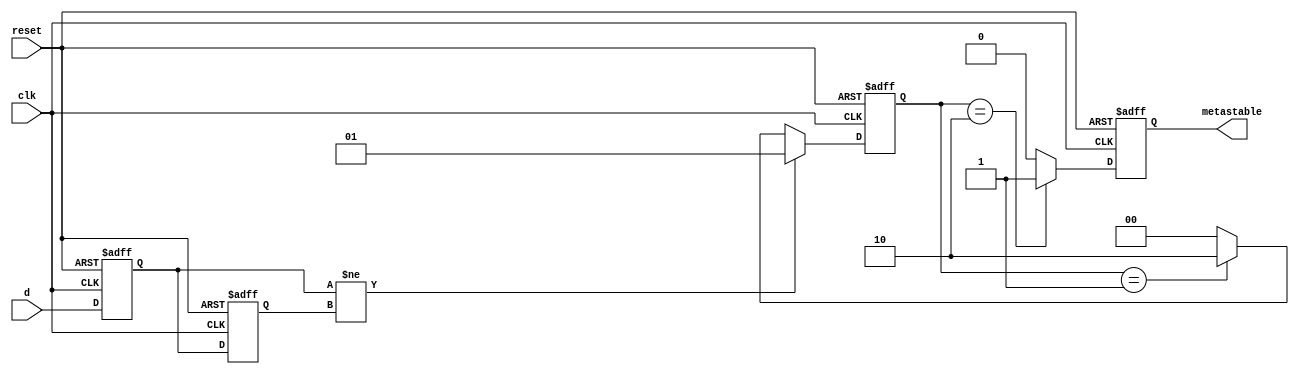
module metastability_detector (
    input wire clk,          // Clock signal
    input wire reset,        // Asynchronous reset signal
    input wire d,            // Signal to monitor
    output reg metastable    // Output indicating metastability condition
);

// Internal signals
reg q1, q2;                // Outputs of the flip-flops
reg [1:0] state;           // State for metastability detection

// Flip-flops to sample the input signal
always @(posedge clk or posedge reset) begin
    if (reset) begin
        q1 <= 1'b0;         // Reset q1
    end else begin
        q1 <= d;            // Sample input signal d
    end
end

always @(posedge clk or posedge reset) begin
    if (reset) begin
        q2 <= 1'b0;         // Reset q2
    end else begin
        q2 <= q1;           // Sample output of the first flip-flop
    end
end

// Metastability detection logic
always @(posedge clk or posedge reset) begin
    if (reset) begin
        metastable <= 1'b0; // Clear metastable signal on reset
        state <= 2'b00;     // Reset state
    end else begin
        // Check for metastability condition
        if (q1 != q2) begin
            state <= 2'b01; // Indicate potential metastability
        end else if (state == 2'b01) begin
            state <= 2'b10; // Transition to metastable state
        end else begin
            state <= 2'b00; // Normal state
        end
        
        // Set metastable output based on state
        if (state == 2'b10) begin
            metastable <= 1'b1; // Indicate metastable condition
        end else begin
            metastable <= 1'b0; // Clear metastable condition
        end
    end
end

endmodule